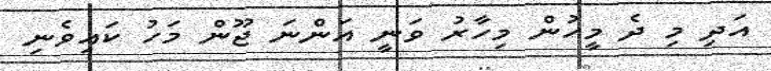
އަދި މި ދެ މީހުން މިހާރު ވަނީ އަންނަ ޖޫން މަހު ކައިވެނި